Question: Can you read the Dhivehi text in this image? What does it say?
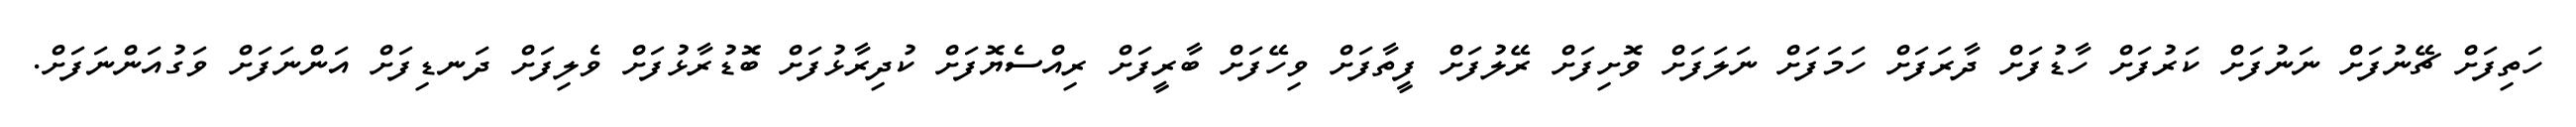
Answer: ހަތިފަށް ޗޭނުފަށް ނަނުފަށް ކަރުފަށް ހާޑުފަށް ދާރަފަށް ހަމަފަށް ނަލަފަށް ވޮށިފަށް ރޭލުފަށް ފީތާފަށް ވިހޭފަށް ބާރީފަށް ރިއްސެޔޮފަށް ކުދިރާޅުފަށް ބޮޑުރާޅުފަށް ވެލިފަށް ދަނޑިފަށް އަންނަފަށް ވަގުއަންނަފަށް.